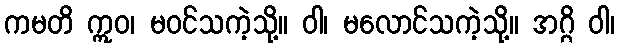
ကမတိ ဣဝ၊ မဝင်သကဲ့သို့။ ဝါ၊ မလောင်သကဲ့သို့။ အဂ္ဂိ ဝါ၊